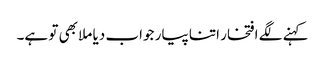
کہنے لگے افتخار اتنا پیار جواب دیا ملا بھی تو ہے۔